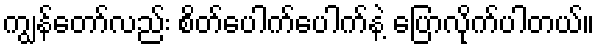
ကျွန်တော်လည်း စိတ်ပေါက်ပေါက်နဲ့ ပြောလိုက်ပါတယ်။